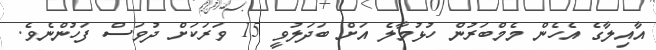
އާއިލާގެ އެހެން މެމްބަރުން ހުޅުމާލެ އަށް ބަދަލުވީ 15 ވަރަކަށް ދުވަސް ފަހުންނެވެ.